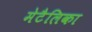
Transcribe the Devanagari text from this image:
मेटैलिका